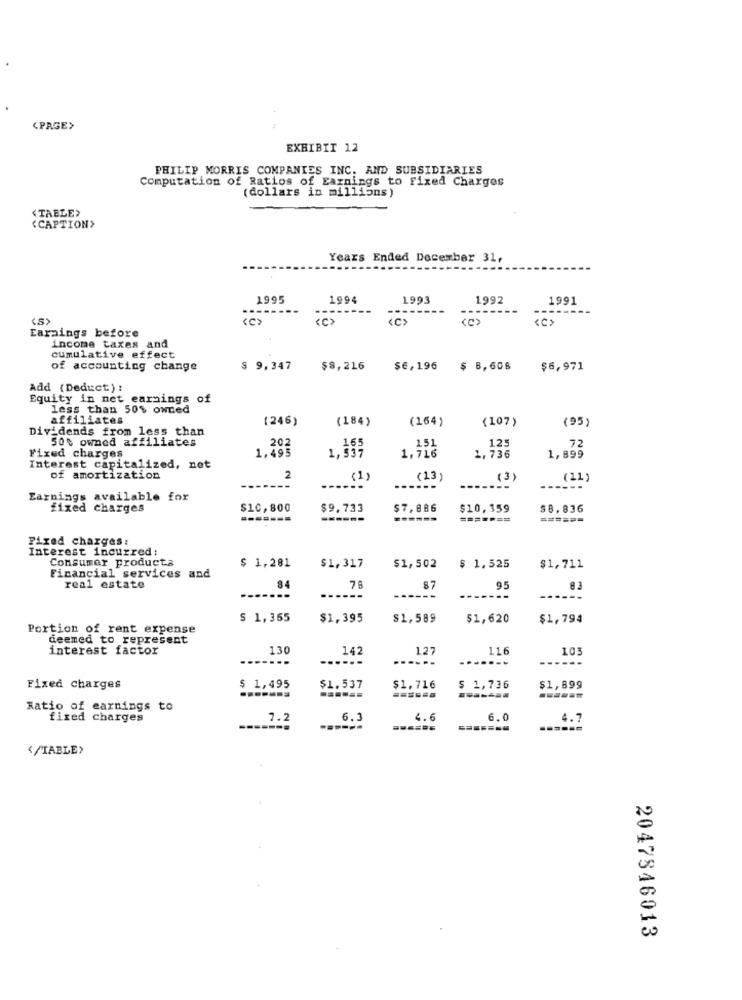
(PAGE>
EXHIBIT 12
PHILIP MORRIS COMPANIES INC. AND SUBSIDIARIES
Computation of Ratios of Earnings to Fixed Charges
(dollars in millions)
<TABLE>
{CAPTION>
Years Ended December 31,
1995
1994
1993
1992
1991
---
<C>
ses
Earnings before
income taxes and
cumulative effect
of accounting change
$ 9,347
$8,216
$6, 196
$ 8,608
$6,971
Add (Deduct) :
Equity in net earnings of
less than 50$ owned
affiliates
(246)
(184)
(164)
(107)
(95)
Dividends from less than
50% owned affiliates
1.495
202
165
1,716
151
125
72
Fixed charges
1,537
1,736
1,899
Interest capitalized, not
of amortization
2
(1)
(13)
(3)
(11)
------
Earnings available for
fixed charges
$10,800
$9,733
$7,886
$10,359
$8,836
====---
------
------
=======
======
Fixed charges:
Interest incurred:
Consumer products
$ 1,281
$1,317
$1,502
$ 1,525
$1,711
Financial services and
real estate
84
78
87
95
83
---
S 1,365
$1,395
$1,589
$1,620
$1,794
Portion of rent expense
deemed to represent
interest factor
130
142
127
116
------
.....
------
Fixed charges
$ 1,495
$1.537
$1,716
$ 1,736
$1,899
======
Ratio of earnings to
fixed charges
7.
6.3
4.6
6.0
4.7
</TABLE>
2047846013